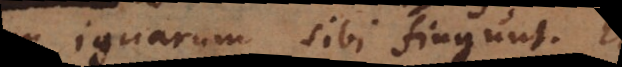
ignarum, sibi fingunt.